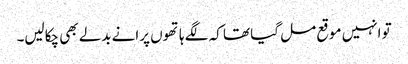
تو انہیں موقع مل گیا تھا کہ لگے ہاتھوں پرانے بدلے بھی چکالیں۔